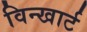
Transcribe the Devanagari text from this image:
विन्खार्ट